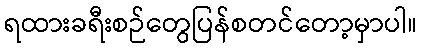
ရထားခရီးစဉ်တွေပြန်စတင်တော့မှာပါ။